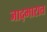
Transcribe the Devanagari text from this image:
जाद्भारात